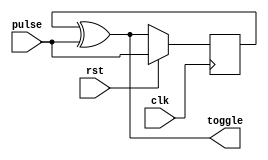
/***************************************************************************************************
 * Module: toggle_gen
 *
 * Description: Generates a toggle that changes on a pulse signal.
 *
 * Test bench: tester_toggle_gen.v
 *
 * Time-stamp: Wed 16 Jun 2010 23:05:12 EDT
 *
 * http://www.sunburst-design.com/papers/CummingsSNUG2008Boston_CDC.pdf (p. 50)
 **************************************************************************************************/
`ifndef _toggle_gen_ `define _toggle_gen_

module toggle_gen
  #(parameter
    RST_TO_INPUT = 1)
   (input   clk,
    input   rst,
    input   pulse,
    output  toggle);

    reg q;

    assign toggle = q ^ pulse;


    generate
        if (RST_TO_INPUT) begin : RST_TO_INPUT_

            always @(posedge clk)
                if (rst)    q <= pulse;
                else        q <= toggle;

        end
        else begin : RST_TO_ZERO_

            always @(posedge clk)
                if (rst)    q <= 0;
                else        q <= toggle;

        end
    endgenerate

endmodule

`endif //  `ifndef _toggle_gen_